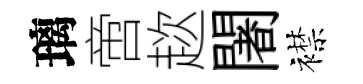
璃啻趑闍襟